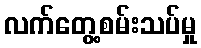
လက်တွေ့စမ်းသပ်မှု